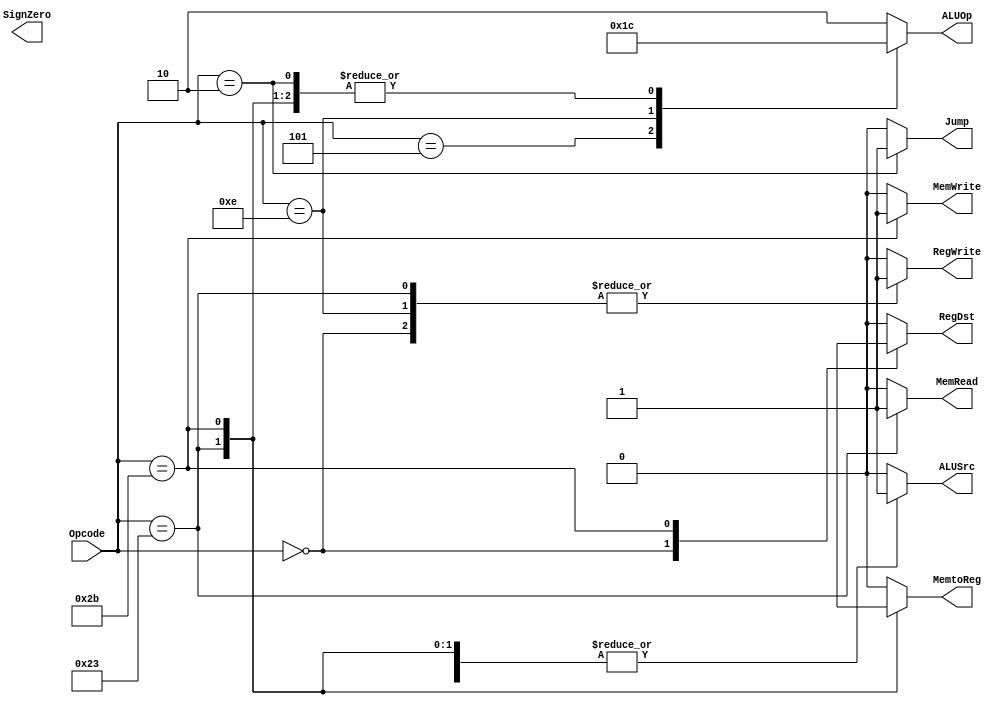
`timescale 1ns / 1ps
//////////////////////////////////////////////////////////////////////////////////
// Company: 
// Engineer: 
// 
// Design Name: 
// Module Name: Control
// Project Name: 
// Target Devices: 
// Tool Versions: 
// Description: 
// 
// Dependencies: 
// 
// Revision:
// Revision 0.01 - File Created
// Additional Comments:
// 
//////////////////////////////////////////////////////////////////////////////////


module Control(
RegDst,
ALUSrc,
MemtoReg,
RegWrite,
MemRead,
MemWrite,
ALUOp,
Jump,
SignZero,
Opcode
);

output RegDst,ALUSrc,MemtoReg,RegWrite,MemRead,MemWrite,Jump,SignZero;
output [1:0] ALUOp;
input [5:0] Opcode;
reg RegDst,ALUSrc,MemtoReg,RegWrite,MemRead,MemWrite,Jump,SignZero;
reg [1:0] ALUOp;
always @(*)
case (Opcode)
 6'b000000 : begin // R - type
     RegDst = 1'b1;
     ALUSrc = 1'b0;
     MemtoReg= 1'b0;
     RegWrite= 1'b1;
     MemRead = 1'b0;
     MemWrite= 1'b0;
     
     ALUOp = 2'b10;
     Jump = 1'b0;
     
    end
 6'b100011 : begin // lw - load word
     RegDst = 1'b0;
     ALUSrc = 1'b1;
     MemtoReg= 1'b1;
     RegWrite= 1'b1;
     MemRead = 1'b1;
     MemWrite= 1'b0;
     
     ALUOp = 2'b00;
     Jump = 1'b0;
      // sign extend
    end
 6'b101011 : begin // sw - store word
     RegDst = 1'bx;
     ALUSrc = 1'b1;
     MemtoReg= 1'bx;
     RegWrite= 1'b0;
     MemRead = 1'b0;
     MemWrite= 1'b1;
     
     ALUOp = 2'b00;
     Jump = 1'b0;
     
    end
 6'b000101 : begin // bne - branch if not equal
     RegDst = 1'b0;
     ALUSrc = 1'b0;
     MemtoReg= 1'b0;
     RegWrite= 1'b0;
     MemRead = 1'b0;
     MemWrite= 1'b0;
     
     ALUOp = 2'b01;
     Jump = 1'b0;
      // sign extend
    end
 6'b001110 : begin // XORI - XOR immidiate
     RegDst = 1'b0;
     ALUSrc = 1'b1;
     MemtoReg= 1'b0;
     RegWrite= 1'b1;
     MemRead = 1'b0;
     MemWrite= 1'b0;
     
     ALUOp = 2'b11;
     Jump = 1'b0;
     // zero extend
    end
 6'b000010 : begin // j - Jump
     RegDst = 1'b0;
     ALUSrc = 1'b0;
     MemtoReg= 1'b0;
     RegWrite= 1'b0;
     MemRead = 1'b0;
     MemWrite= 1'b0;
   
     ALUOp = 2'b00;
     Jump = 1'b1;
     
    end
 default : begin 
     RegDst = 1'b0;
     ALUSrc = 1'b0;
     MemtoReg= 1'b0;
     RegWrite= 1'b0;
     MemRead = 1'b0;
     MemWrite= 1'b0;
     
     ALUOp = 2'b10;
     Jump = 1'b0;
     
    end
 
endcase

endmodule